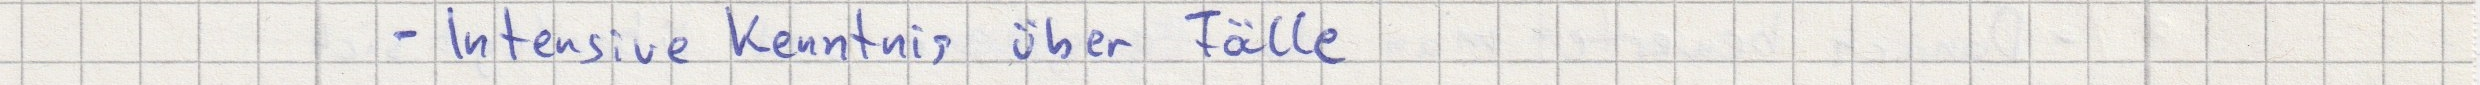
- Intensive Kenntnis über Fälle